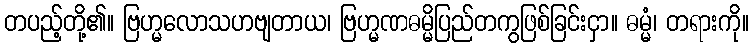
တပည့်တို့၏။ ဗြဟ္မလောသဟဗျတာယ၊ ဗြဟ္မဏဓမ္မိပြည်တကွဖြစ်ခြင်းငှာ။ ဓမ္မံ၊ တရားကို။